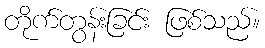
တိုက်တွန်းခြင်း ဖြစ်သည်။